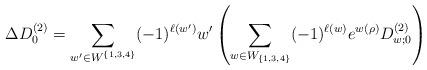
LaTeX: \begin{align*}\Delta D^{(2)}_{0}=\sum_{w'\in W^{\{1,3,4\}}}(-1)^{\ell(w')}w'\left(\sum_{w\in W_{\{1,3,4\}}}(-1)^{\ell(w)}e^{w(\rho)}D^{(2)}_{w;0}\right)\end{align*}